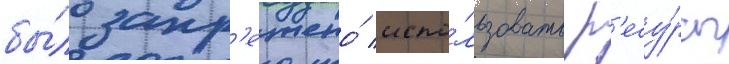
бы́ло запр'ещено́ испо́льзовать р'есу́рсы